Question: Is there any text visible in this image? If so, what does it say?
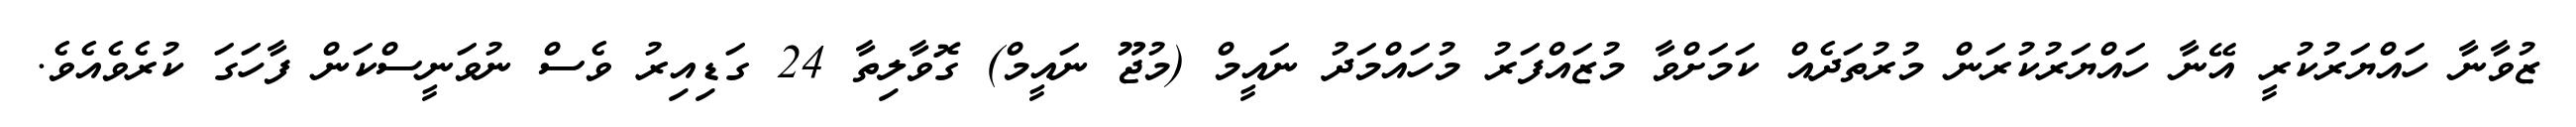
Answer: ޒުވާނާ ހައްޔަރުކުރީ އޭނާ ހައްޔަރުކުރަން މުރުތަދެއް ކަމަށްވާ މުޒައްފަރު މުހައްމަދު ނައީމް (މުޖޫ ނައީމް) ގޮވާލިތާ 24 ގަޑިއިރު ވެސް ނުވަނީސްކަން ފާހަގަ ކުރެވެއެވެ.